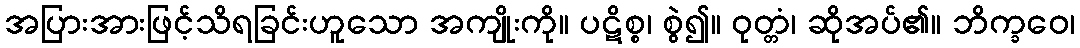
အပြားအားဖြင့်သိရခြင်းဟူသော အကျိုးကို။ ပဋိစ္စ၊ စွဲ၍။ ဝုတ္တံ၊ ဆိုအပ်၏။ ဘိက္ခဝေ၊